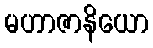
မဟာဇာနိယော